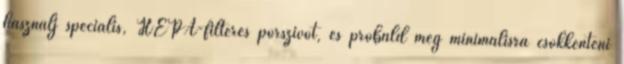
használj speciális, HEPA-filteres porszívót, és próbáld meg minimálisra csökkenteni